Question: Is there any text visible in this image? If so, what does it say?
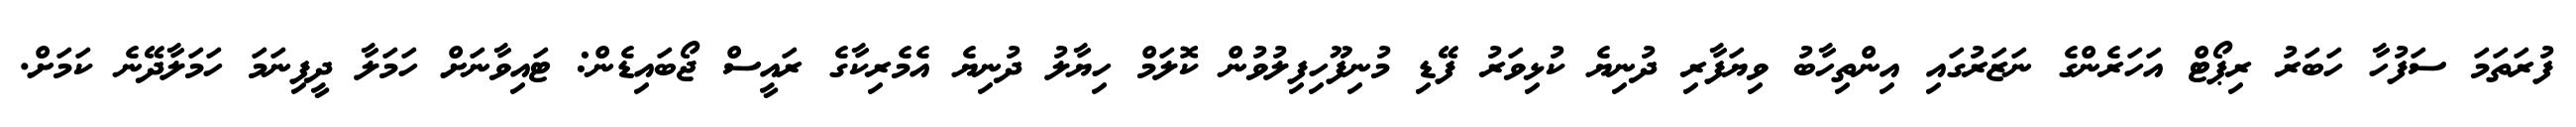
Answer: ފުރަތަމަ ސަފުހާ ހަބަރު ރިޕޯޓް އަހަރެންގެ ނަޒަރުގައި އިންތިހާބު ވިޔަފާރި ދުނިޔެ ކުޅިވަރު ފޭޑި މުނިފޫހިފިލުވުން ކޮލަމް ހިޔާލު ދުނިޔެ އެމެރިކާގެ ރައީސް ޖޯބައިޑެން: ޓައިވާނަށް ހަމަލާ ދީފިނަމަ ހަމަލާދޭނެ ކަމަށް.